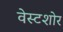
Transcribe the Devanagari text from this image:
वेस्टशोर